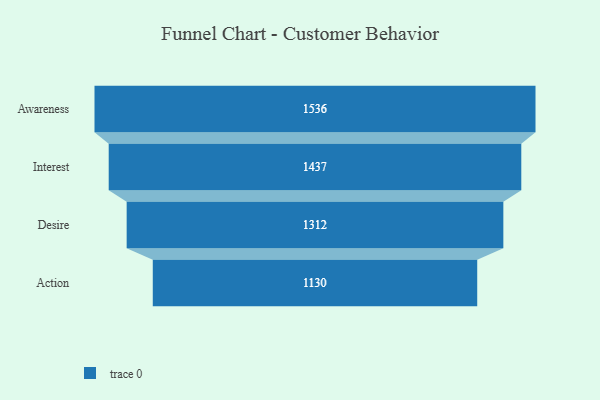
{"axis": {"x": "Stage", "y": "Value"}, "legend": [""], "data": [{"x": "Awareness", "y": 1536.0, "type": ""}, {"x": "Interest", "y": 1437.0, "type": ""}, {"x": "Desire", "y": 1312.0, "type": ""}, {"x": "Action", "y": 1130.0, "type": ""}]}